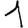
Digit: 1